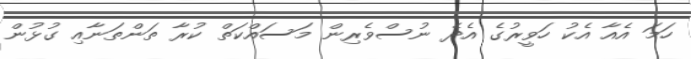
ހަމަ އެއާ އެކު ހަވީރުގެ އެދެ ނުސްވެރިން މަސައްކަތް ކުރާ ތަންތަނާއި ގުޅުން